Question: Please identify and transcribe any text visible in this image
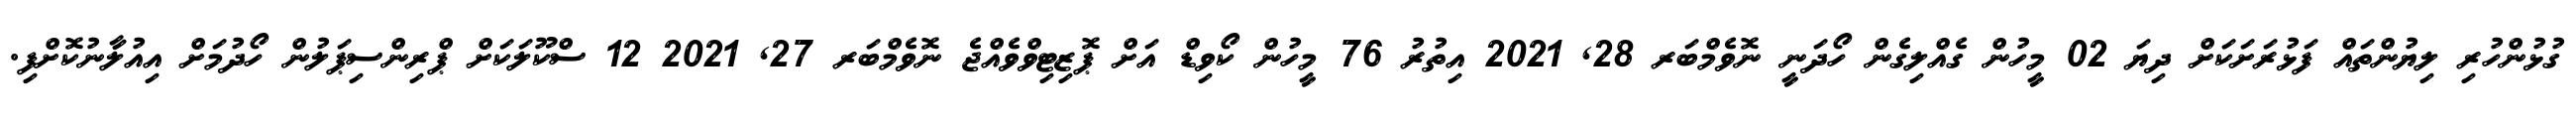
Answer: ގުޅުންހުރި ލިޔުންތައް ފަޅުރަށަކަށް ދިޔަ 02 މީހުން ގެއްލިގެން ހޯދަނީ ނޮވެމްބަރ 28, 2021 އިތުރު 76 މީހުން ކޯވިޑް އަށް ޕޮޒިޓިވްވެއްޖެ ނޮވެމްބަރ 27, 2021 12 ސްކޫލަކަށް ޕްރިންސިޕަލުން ހޯދުމަށް އިއުލާނުކޮށްފި.